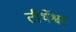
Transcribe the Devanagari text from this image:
तीर्थेश्वर